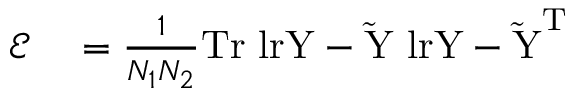
\begin{array} { r l } { \mathcal { E } } & { { } = \frac { 1 } { N _ { 1 } N _ { 2 } } \mathrm { { T r } \ l r { Y - \tilde { Y } } \ l r { Y - \tilde { Y } } ^ { T } } } \end{array}